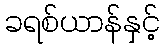
ခရစ်ယာန်နှင့်